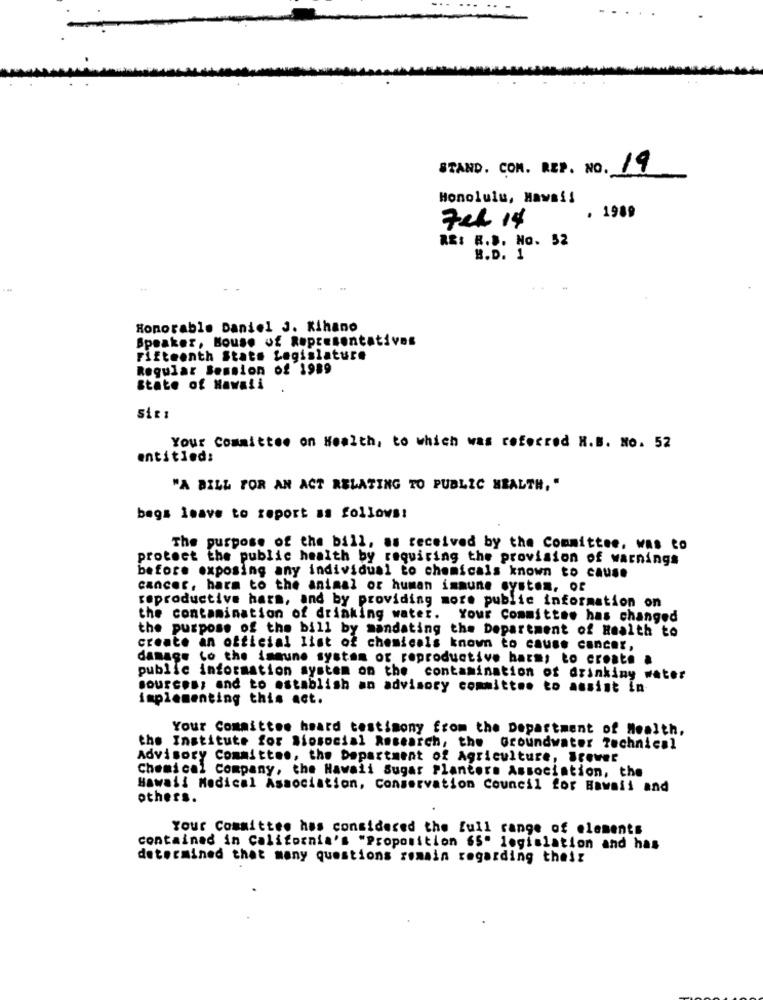
STAND. COM. REP. NO. 19
Honolulu, Hawai!
. 1989
Fel 14
RE: R.B. No. 52
B.D. 1
Honorable Daniel J. Kihano
Speaker, House of Representatives
Fifteenth State Legislature
Regular Session of 1989
State of Hawaii
Your Committee on Health, to which was referred H.B. No. 52
entitled:
"A BILL FOR AN ACT RELATING TO PUBLIC HEALTH, "
begs leave to report as follows:
The purpose of the bill, as received by the Committee, was to
protect the public health by requiring the provision of warnings
before exposing any individual to chemicals known to cause
cancer, harm to the animal or human immune system, of
reproductive hars, and by providing more public information on
the contamination of drinking water. Your Committee has changed
the purpose of the bill by mandating the Department of Health to
create an official list of chemicals known to cause cancer,
damage Lo the immune system or reproductive harm, to create a
public information system on the contamination of drinking water
sources, and to establish an advisory committee to assist in-
implementing this act.
Your Committee heard testimony from the Department of Health,
the Institute for Siosocial Research, the Groundwater Technical
Advisory Committee, the Department of Agriculture, Brewer
Chemical Company, the Hawaii Sugar Planters Association, the
Hawaii Medical Association, Conservation Council for Hawaii and
others.
Your Committee has considered the full range of elements
contained in California's "Proposition 65º legislation and has
determined that many questions remain regarding theiz